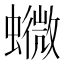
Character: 𧒰